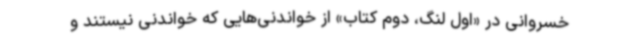
خسروانی در «اول لنگ، دوم کتاب» از خواندنی‌هایی که خواندنی نیستند و